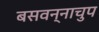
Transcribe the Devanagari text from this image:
बसवन्नाचुप